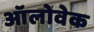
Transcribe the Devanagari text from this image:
ऑलोवेक